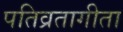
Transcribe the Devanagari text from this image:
पतिव्रतागीता